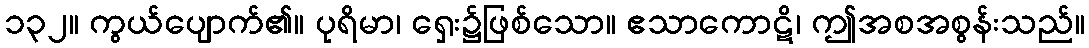
၁၃၂။ ကွယ်ပျောက်၏။ ပုရိမာ၊ ရှေး၌ဖြစ်သော။ ဧသာကောဋိ၊ ဤအစအစွန်းသည်။